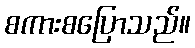
စကားစပြောသည်။